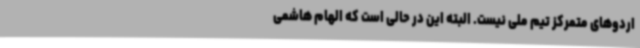
اردوهای متمرکز تیم ملی نیست. البته این در حالی است که الهام هاشمی